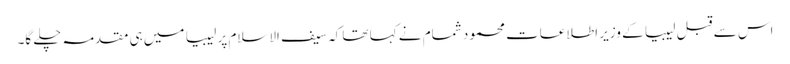
اس سے قبل لیبیا کے وزیرِ اطلاعات محمود شمام نے کہا تھا کہ سیف الاسلام پر لیبیا میں ہی مقدمہ چلے گا۔